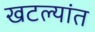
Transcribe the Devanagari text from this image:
खटल्यांत